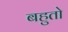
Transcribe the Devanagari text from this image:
बहुतो